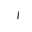
Letter: _alif